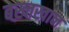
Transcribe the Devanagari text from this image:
बख़्तखान